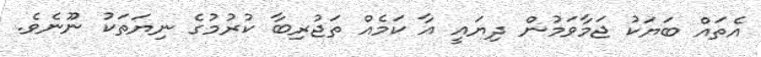
އެތައް ބަޔަކު ޖަމާވަމުން ދިޔައީ އާ ކަމެއް ތަޖުރިބާ ކުރުމުގެ ނިޔަތަކު ނޫނެވެ.